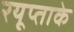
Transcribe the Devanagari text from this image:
रयूप्ताके